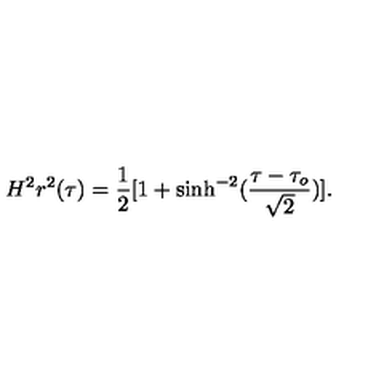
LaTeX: H ^ { 2 } r ^ { 2 } ( \tau ) = \frac { 1 } { 2 } [ 1 + \sinh ^ { - 2 } ( \frac { \tau - \tau _ { o } } { \sqrt { 2 } } ) ] .